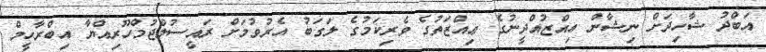
އަބްދު ޝާހިދަށް ނިޝާން ޢިއްޒުއްދީނުގެ ޢިއްޒަތުގެ ވެރިކަމުގެ ލަގަބު އެރުވުމަށް ރައީސުލްޖުމްހޫރިއްޔާ އިބްރާހީމް